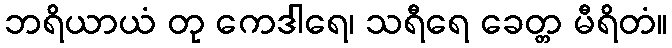
ဘရိယာယံ တု ကေဒါရေ၊ သရီရေ ခေတ္တ မီရိတံ။